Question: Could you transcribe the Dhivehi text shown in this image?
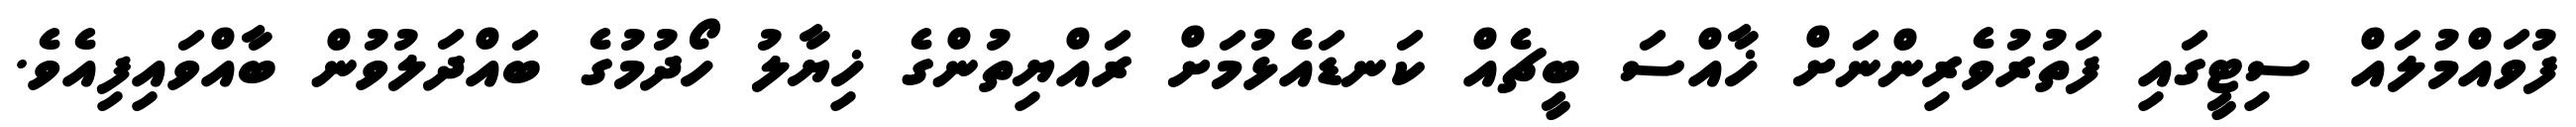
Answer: ފުވައްމުލައް ސިޓީގައި ފަތުރުވެރިންނަށް ޚާއްސަ ބީޗެއް ކަނޑައެޅުމަށް ރައްޔިތުންގެ ޚިޔާލު ހޯދުމުގެ ބައްދަލުވުން ބާއްވައިފިއެވެ.